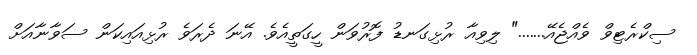
ސިކްރެޓިވް ވެއްޖެއޭ......." ލިވިއާ ރުޅިގަނޑު ފޮރުވަން ހީގަތީއެވެ. އޭނަ ދެރަވެ ރުޅިއައިކަން ސަވާނާއަށް